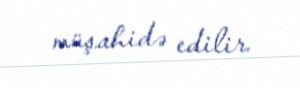
müşahidə edilir.